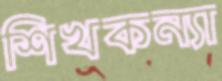
শিখকন্যা